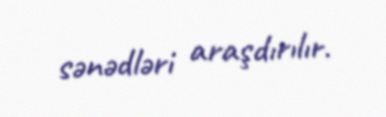
sənədləri araşdırılır.